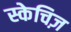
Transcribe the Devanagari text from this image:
स्केचिज़